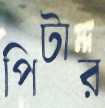
পিটার